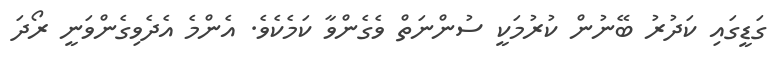
ގަޑީގައި ކަދުރު ބޭނުން ކުރުމަކީ ސުންނަތް ވެގެންވާ ކަމެކެވެ. އެންމެ އެދެވިގެންވަނީ ރޯދަ